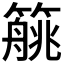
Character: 𱸥